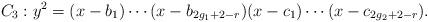
LaTeX: \begin{align*} C_3: y^2 = (x-b_1) \cdots (x-b_{2g_1+2-r})(x-c_1) \cdots (x-c_{2g_2+2-r}).\end{align*}